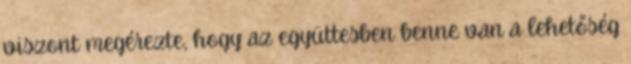
viszont megérezte, hogy az együttesben benne van a lehetőség